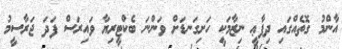
އާންމު ގޮތެއްގައި ދިފާޢީ ނިޒާމަކީ ހަށިގަނޑަށް ވަންނަ ބެކްޓީރިޔާ ވައިރަސް ފަދަ ޖަރާސީމު